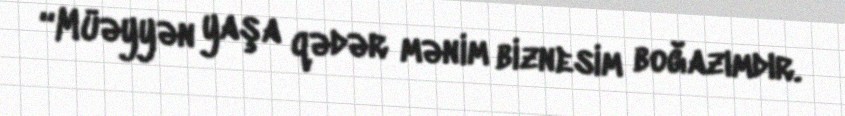
“Müəyyən yaşa qədər mənim biznesim boğazımdır.